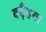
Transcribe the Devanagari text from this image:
बड़ैहया